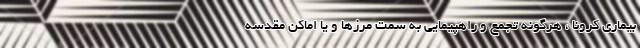
بیماری کرونا ، هرگونه تجمع و راهپیمایی به سمت مرزها و یا اماکن مقدسه